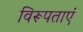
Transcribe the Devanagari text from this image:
विरूपताएं